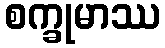
စက္ခုမာဿ